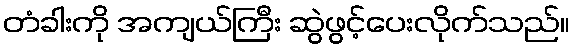
တံခါးကို အကျယ်ကြီး ဆွဲဖွင့်ပေးလိုက်သည်။